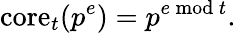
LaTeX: \mathrm{core}_{t}(p^{e})=p^{e{\bmod{t}}}.